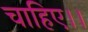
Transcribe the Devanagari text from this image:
चाहिए।।